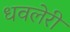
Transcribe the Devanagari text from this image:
धवलेरी